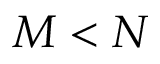
M < N